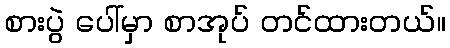
စားပွဲ ပေါ်မှာ စာအုပ် တင်ထားတယ်။